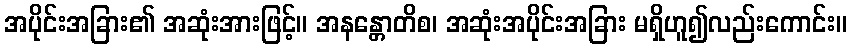
အပိုင်းအခြား၏ အဆုံးအားဖြင့်။ အနန္တောတိစ၊ အဆုံးအပိုင်းအခြား မရှိဟူ၍လည်းကောင်း။